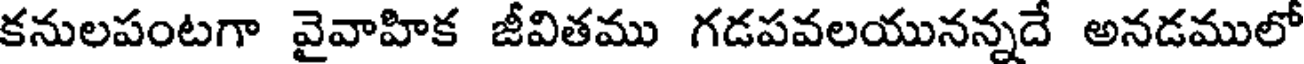
కనులపంటగా వైవాహిక జీవితము గడపవలయునన్నదే అనడములో